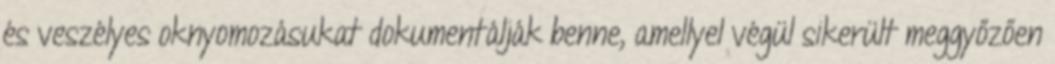
és veszélyes oknyomozásukat dokumentálják benne, amellyel végül sikerült meggyőzően